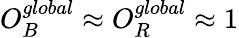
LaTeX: O_{B}^{global}\approx O_{R}^{global}\approx 1